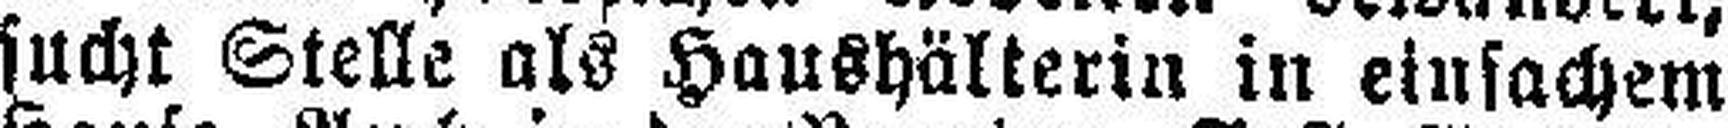
sucht Stelle als Haushälterin in einfachem